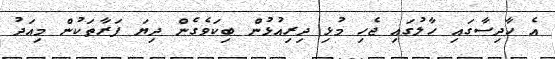
އެ ހާދިސާގައި ހާލުގައި ޖެހި މުޅި ދިރިއުޅުން ބިކަވެގެން ދިޔަ ފަރާތަކުން މިއަދު